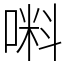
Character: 𠺫